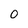
Character: O